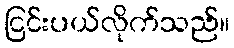
ငြင်းပယ်လိုက်သည်။